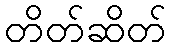
တိတ်ဆိတ်